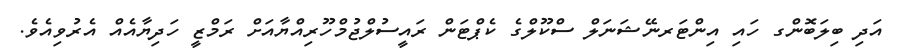
އަދި ބިލަބޮންގ ހައި އިންޓަރނޭޝަނަލް ސްކޫލްގެ ކެޕްޓަން ރައީސުލްޖުމްހޫރިއްޔާއަށް ރަމްޒީ ހަދިޔާއެއް އެރުވިއެވެ.